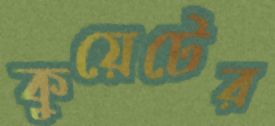
কুয়েটের